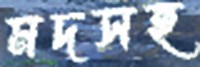
মদসহ